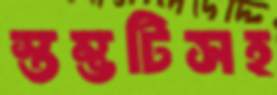
স্তম্ভটিসহ